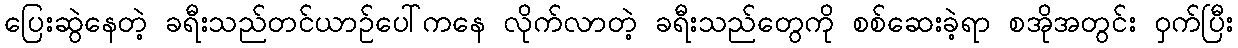
ပြေးဆွဲနေတဲ့ ခရီးသည်တင်ယာဉ်ပေါ်ကနေ လိုက်လာတဲ့ ခရီးသည်တွေကို စစ်ဆေးခဲ့ရာ စအိုအတွင်း ဝှက်ပြီး